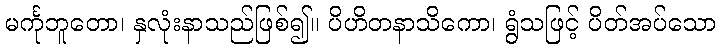
မင်္ကုဘူတော၊ နှလုံးနာသည်ဖြစ်၍။ ပိဟိတနာသိကော၊ ရွံသဖြင့် ပိတ်အပ်သော